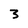
Character: 3